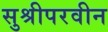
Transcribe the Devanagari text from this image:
सुश्रीपरवीन